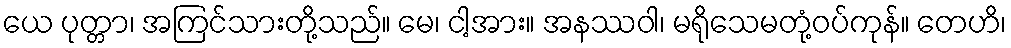
ယေ ပုတ္တာ၊ အကြင်သားတို့သည်။ မေ၊ ငါ့အား။ အနဿဝါ၊ မရိုသေမတုံ့ဝပ်ကုန်။ တေဟိ၊